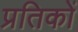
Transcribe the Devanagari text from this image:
प्रतिकों